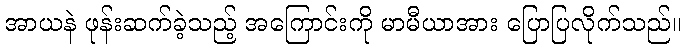
အာယနဲ ဖုန်းဆက်ခဲ့သည့် အကြောင်းကို မာမီယာအား ပြောပြလိုက်သည်။